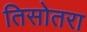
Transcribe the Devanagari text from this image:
तिसोतरा